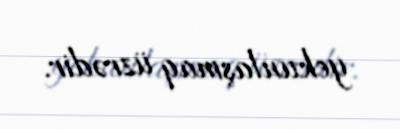
yekunlaşmaq üzrədir.